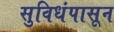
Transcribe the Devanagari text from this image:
सुविधंपासून